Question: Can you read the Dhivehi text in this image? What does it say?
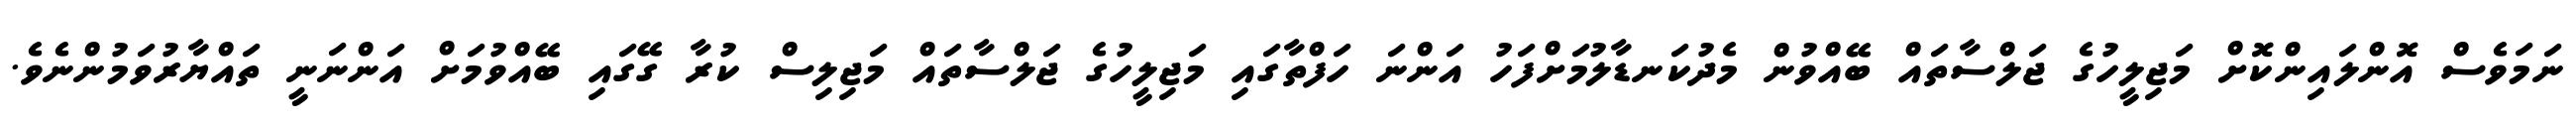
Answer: ނަމަވެސް އޮންލައިންކޮށް މަޖިލީހުގެ ޖަލްސާތައް ބޭއްވުން މެދުކަނޑާލުމަށްފަހު އަންނަ ހަފްތާގައި މަޖިލީހުގެ ޖަލްސާތައް މަޖިލިސް ކުރާ ގޭގައި ބޭއްވުމަށް އަންނަނީ ތައްޔާރުވަމުންނެވެ.